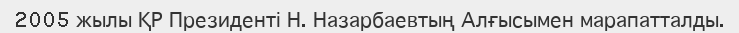
2005 жылы ҚР Президенті Н. Назарбаевтың Алғысымен марапатталды.